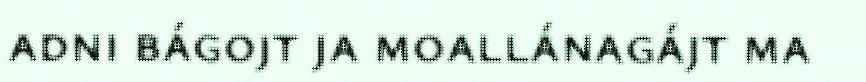
adni bágojt ja moallánagájt ma